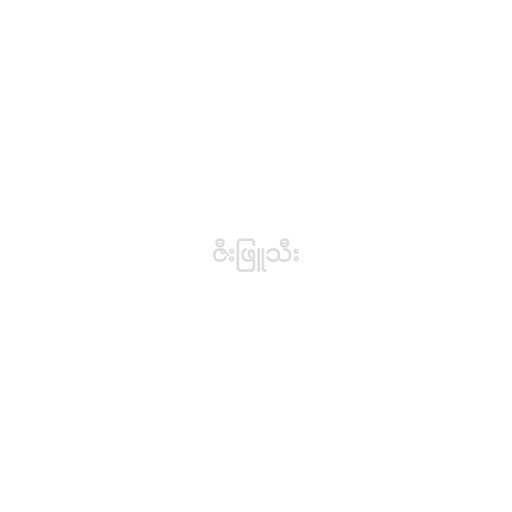
ဇီးဖြူသီး